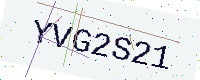
Text: YVG2S21